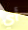
أي